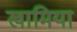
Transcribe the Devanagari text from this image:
खामिया